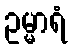
ဥမ္မာရံ